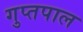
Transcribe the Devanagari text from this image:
गुप्तपाल